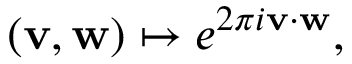
( \mathbf { v } , \mathbf { w } ) \mapsto e ^ { 2 \pi i \mathbf { v } \cdot \mathbf { w } } ,